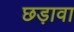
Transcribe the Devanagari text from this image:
छड़ावा